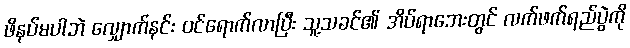
ဖိနပ်မပါဘဲ လျှောက်နင်း ဝင်ရောက်လာပြီး သူ့သခင်၏ အိပ်ရာဘေးတွင် လက်ဖက်ရည်ပွဲကို